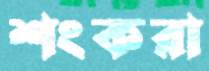
শংকরা